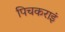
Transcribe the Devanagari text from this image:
पिचकराइं